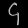
Digit: ၄